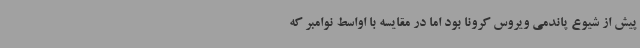
پیش از شیوع پاندمی ویروس کرونا بود اما در مقایسه با اواسط نوامبر که